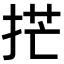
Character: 𫼳